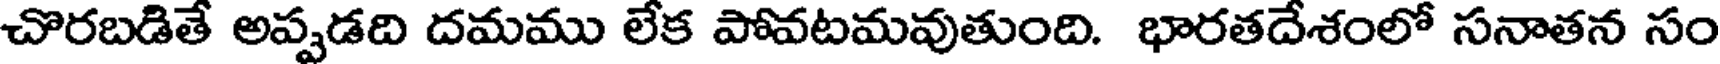
చొరబడితే అప్పడది దమము లేక పోవటమవుతుంది. భారతదేశంలో సనాతన సం